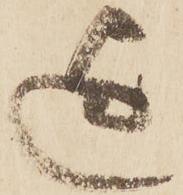
迄